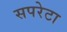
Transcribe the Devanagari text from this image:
सपरेटा